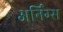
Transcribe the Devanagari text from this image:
अर्निंग्स